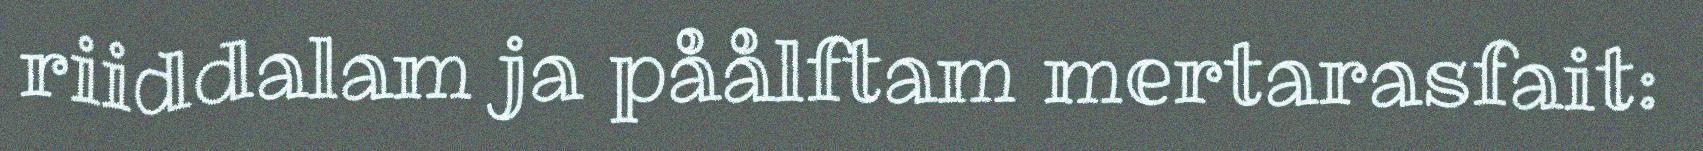
riiddalam ja påålftam mertarasfait: